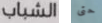
الشباب حتى